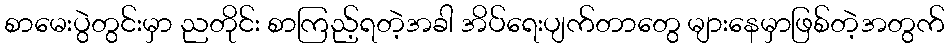
စာမေးပွဲတွင်းမှာ ညတိုင်း စာကြည့်ရတဲ့အခါ အိပ်ရေးပျက်တာတွေ များနေမှာဖြစ်တဲ့အတွက်